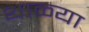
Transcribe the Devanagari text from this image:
थाळ्या